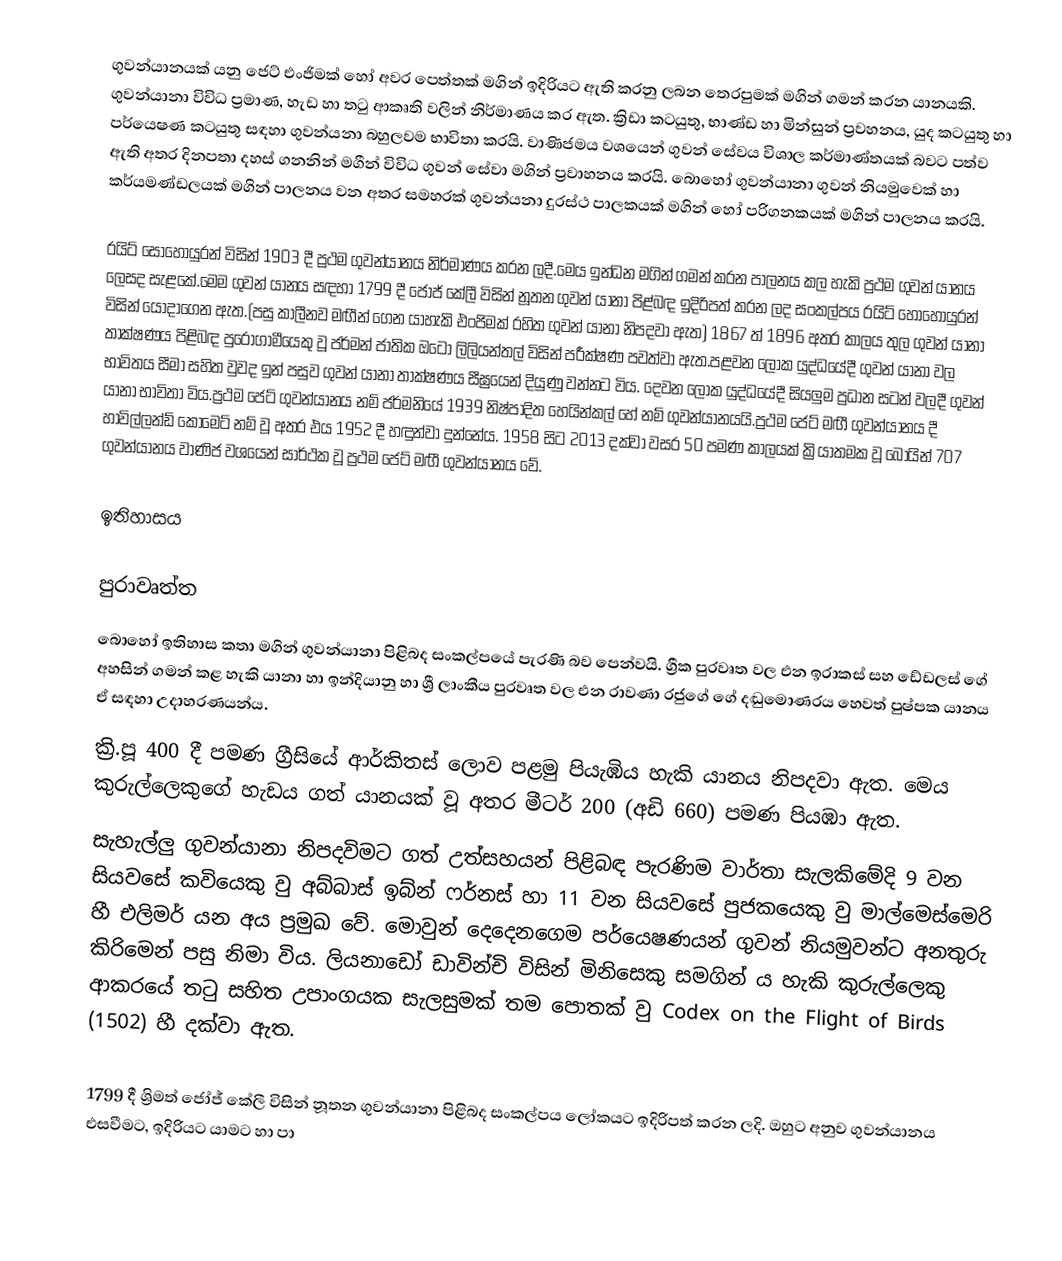
ගුවන්යානයක් යනු ජෙට් එංජිමක් හෝ අවර පෙත්තක් මගින් ඉදිරියට ඇති කරනු ලබන තෙරපුමක් මගින් ගමන් කරන යානයකි. ගුවන්යානා විවිධ ප්‍රමාණ, හැඩ හා තටු ආකෘති වලින් නිර්මාණය කර ඇත. ක්‍රිඩා කටයුතු, භාණ්ඩ හා මින්සුන් ප්‍රවහනය, යුද කටයුතු හා පර්යෙෂණ කටයුතු සඳහා ගුවන්යනා බහුලවම භාවිතා කරයි. වාණිජමය වශයෙන් ගුවන් සේවය විශාල කර්මාණ්තයක් බවට පත්ව ඇති අතර දිනපතා දහස් ගනනින් මගීන් විවිධ ගුවන් සේවා මගින් ප්‍රවාහනය කරයි. බොහෝ ගුවන්යානා ගුවන් නියමුවෙක් හා කර්යමණ්ඩලයක් මගින් පාලනය වන අතර සමහරක් ගුවන්යනා දුරස්ථ පාලකයක් මගින් හෝ පරිගනකයක් මගින් පාලනය කරයි.

රයිට් සොහොයුරන් විසින් 1903 දී ප්‍රථම ගුවන්යානය නිර්මාණය කරන ලදී.මෙය ඉන්ධන මගින් ගමන් කරන පාලනය කල හැකි ප්‍රථම ගුවන් යානය ලෙසද සැළකේ.මෙම ගුවන් යානය සඳහා 1799 දී ජෝජ් කේලී විසින් නූතන ගුවන් යානා පිළ්බඳ ඉදිරිපත් කරන ලද සංකල්පය රයිට් හොහොයුරන් විසින් යොදාගෙන ඇත.(පසු කාලීනව මඟීන් ගෙන යාහැකි එංජිමක් රහිත ගුවන් යානා නිපදවා ඇත) 1867 ත් 1896 අතර කාලය තුල ගුවන් යානා තාක්ෂණය පිළිබඳ පුරෝගාමීයෙකු වූ ජර්මන් ජාතික ඔටෝ ලිලියන්තල් විසින් පරීක්ෂණ පවත්වා ඇත.පළවන ලෝක යුද්ධයේදී ගුවන් යානා වල භාවිතය සීමා සහිත වුවද ඉන් පසුව ගුවන් යානා තාක්ෂණය සීඝ්‍රයෙන් දියුණු වන්නට විය. දෙවන ලෝක යුද්ධයේදී සියලුම ප්‍රධාන සටන් වලදී ගුවන් යානා භාවිතා විය.ප්‍රථම ජෙට් ගුවන්යානය නම් ජර්මනියේ 1939 නිෂ්පාදිත හෙයින්කල් හේ නම් ගුවන්යානයයි.ප්‍රථම ජෙට් මඟී ගුවන්යානය දී හාවිල්ලන්ඩ් කොමෙට් නම් වූ අතර එය 1952 දී හඳුන්වා දුන්නේය. 1958 සිට 2013 දක්වා වසර 50 පමණ කාලයක් ක්‍රියාතමක වූ බොයින් 707 ගුවන්යානය වාණිජ වශයෙන් සාර්ථක වූ ප්‍රථම ජෙට් මඟී ගුවන්යානය වේ.

ඉතිහාසය

පුරාවෘත්ත
බොහෝ ඉතිහාස කතා මගින් ගුවන්යානා පිළිබද සංකල්පයේ පැරණි බව පෙන්වයි. ග්‍රීක පුරවෘත වල එන ඉරාකස් සහ ඩේඩලස් ගේ අහසින් ගමන් කළ හැකි යානා හා ඉන්දියානු හා ශ්‍රී ලාංකීය පුරවෘත වල එන රාවණා රජුගේ ගේ දඬුමොණරය හෙවත් පුෂ්පක යානය ඒ සඳහා උදාහරණයන්ය.
ක්‍රි.පූ 400 දී පමණ ග්‍රීසියේ ආර්කිතස් ලොව පළමු පියැඹිය හැකි යානය නිපදවා ඇත. මෙය කුරුල්ලෙකුගේ හැඩය ගත් යානයක් වූ අතර මීටර් 200 (අඩි 660) පමණ පියඹා ඇත.
සැහැල්ලු ගුවන්යානා නිපදවිමට ගත් උත්සහයන් පිළිබඳ පැරණිම වාර්තා සැලකිමේදි 9 වන සියවසේ කවියෙකු වු අබ්බාස් ඉබ්න් ෆර්නස් හා 11 වන සියවසේ පුජකයෙකු වු මාල්මෙස්මෙරි හී එලිමර් යන අය ප්‍රමුඛ වේ. මොවුන් දෙදෙනගෙම පර්යෙෂණයන් ගුවන් නියමුවන්ට අනතුරු කිරිමෙන් පසු නිමා විය. ලියනාඩෝ ඩාවින්චි විසින් මිනිසෙකු සමගින් ය හැකි කුරුල්ලෙකු ආකරයේ තටු සහිත උපාංගයක සැලසුමක් තම පොතක් වු Codex on the Flight of Birds  (1502) හී දක්වා ඇත.

1799 දී ශ්‍රිමත් ජෝජ් කේලී විසින් නූතන ගුවන්යානා පිළිබද සංකල්පය ලෝකයට ඉදිරිපත් කරන ලදි. ඔහුට අනුව ගුවන්යානය එසවීමට, ඉදිරියට යාමට හා පා